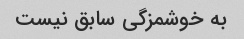
به خوشمزگی سابق نیست